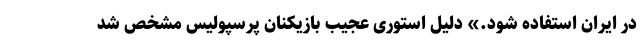
در ایران استفاده شود.» دلیل استوری عجیب بازیکنان پرسپولیس مشخص شد